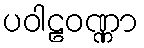
ပဝါဠဝဏ္ဏာ